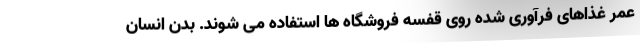
عمر غذاهای فرآوری شده روی قفسه فروشگاه ها استفاده می شوند. بدن انسان